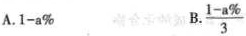
A.1-a\% B. \frac{1-a\%}{3}